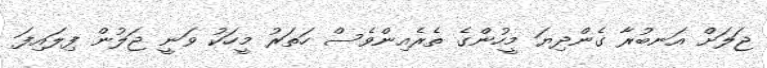
ޖަލަށް އަނބުރާ ގެންދިޔަ މީހުންގެ ތެރެއިންވެސް ހަތަރު މީހަކު ވަނީ ޖަލުން ފިލައިފަ